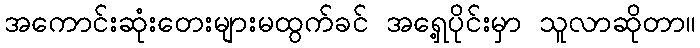
အကောင်းဆုံးတေးများမထွက်ခင် အရှေ့ပိုင်းမှာ သူလာဆိုတာ။